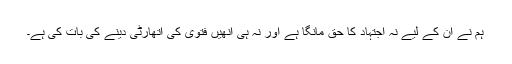
ہم نے ان کے لیے نہ اجتہاد کا حق مانگا ہے اور نہ ہی انھیں فتویٰ کی اتھارٹی دینے کی بات کی ہے۔